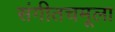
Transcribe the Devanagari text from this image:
संगीतचमूला